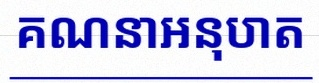
គណនាអនុបាត